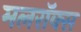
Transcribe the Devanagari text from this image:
मलरॉक्स